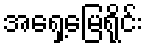
အရှေ့မြေရိုင်း